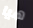
هيا